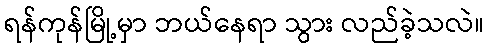
ရန်ကုန်မြို့မှာ ဘယ်နေရာ သွား လည်ခဲ့သလဲ။